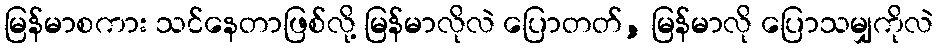
မြန်မာစကား သင်နေတာဖြစ်လို့ မြန်မာလိုလဲ ပြောတတ်, မြန်မာလို ပြောသမျှကိုလဲ